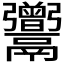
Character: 𩱭